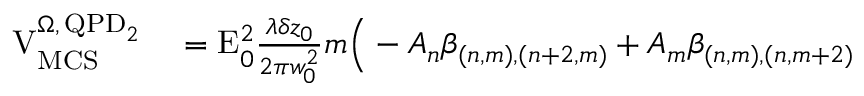
\begin{array} { r l } { \mathrm { V } _ { \mathrm { M C S } } ^ { \Omega , \, \mathrm { Q P D } _ { 2 } } } & { { } = \mathrm { E } _ { 0 } ^ { 2 } \frac { \lambda \delta z _ { 0 } } { 2 \pi w _ { 0 } ^ { 2 } } m \Big ( - A _ { n } \beta _ { ( n , m ) , ( n + 2 , m ) } + A _ { m } \beta _ { ( n , m ) , ( n , m + 2 ) } } \end{array}